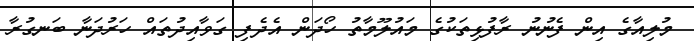
މުލިއާގެ އިން ފެނުނު ރާފުޅިތަކުގެ މައުލޫމާތު ހޯދަން އެދެފި ގަވާއިދުތައް ހަރުދަނާ ބަނގުރާ